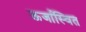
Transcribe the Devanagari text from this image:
ऊर्जास्वित